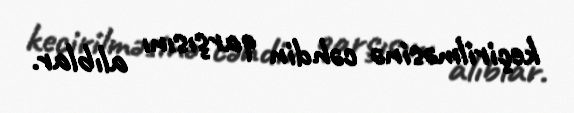
keçirilməsinə cəhdin qarşısını alıblar.